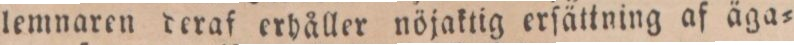
lemnaren deraf erhåller nöjaktig erſättning af äga=